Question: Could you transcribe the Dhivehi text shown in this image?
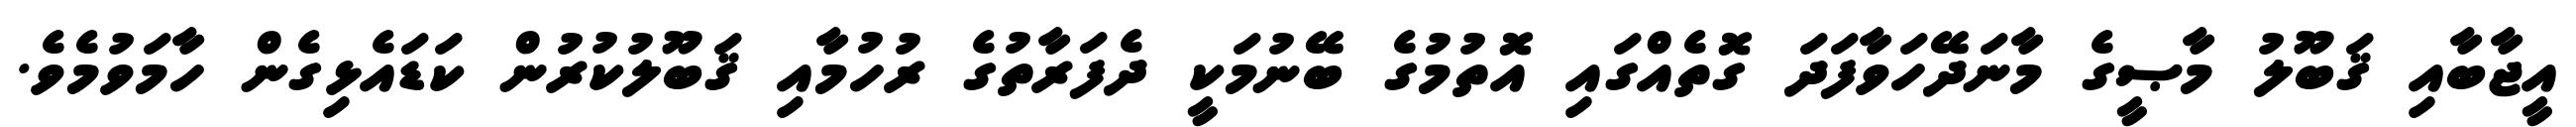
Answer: އީޖާބާއި ޤަބޫލު މާޞީގެ މާނަދޭހަވާފަދަ ގޮތެއްގައި އޮތުމުގެ ބޭނުމަކީ ދެފަރާތުގެ ރުހުމާއި ޤަބޫލުކުރުން ކަޑައެޅިގެން ހާމަވުމެވެ.